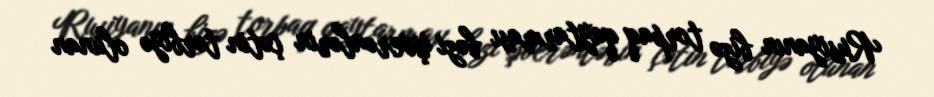
Rusiyanın bizə torpaq qaytarması bəzi işverənlərin çətin tərbiyə olunan